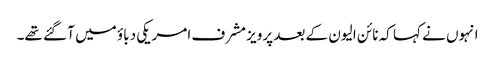
انہوں نے کہا کہ نائن الیون کے بعد پرویز مشرف امریکی دباؤ میں آ گئے تھے۔